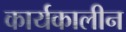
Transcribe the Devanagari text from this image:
कार्यकालीन